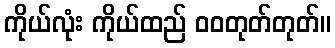
ကိုယ်လုံး ကိုယ်ထည် ဝဝတုတ်တုတ်။